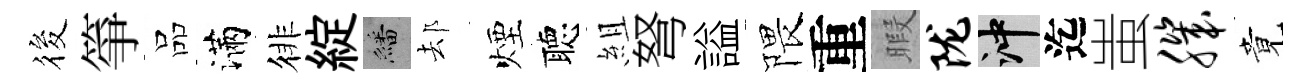
筱箏品滿徘綻繙𨚫煙聴組弩謚隈重暇陇冲迄蚩肌竟